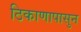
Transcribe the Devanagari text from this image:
ठिकाणापासुन